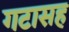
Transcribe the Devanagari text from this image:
गटासह